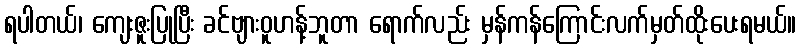
ရပါတယ်၊ ကျေးဇူးပြုပြီး ခင်ဗျားဝူဟန့်ဘူတာ ရောက်လည်း မှန်ကန်ကြောင်းလက်မှတ်ထိုးပေးရမယ်။